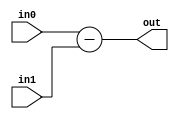
module subtractor#(parameter w=16)(
  input [w-1:0] in0, in1,
  output [w-1:0] out
  );
  assign out = in0-in1;
endmodule